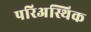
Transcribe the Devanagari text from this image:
परिअस्थिक